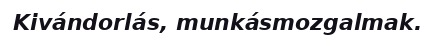
Kivándorlás, munkásmozgalmak.